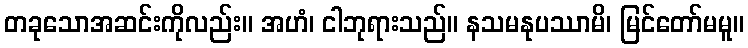
တခုသောအဆင်းကိုလည်း။ အဟံ၊ ငါဘုရားသည်။ နသမနုပဿာမိ၊ မြင်တော်မမူ။